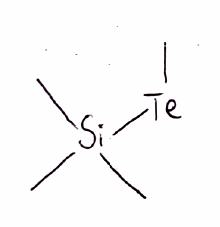
Simplified molecular-input line-entry system (SMILES) notation of the given molecule:
C[Si](C)(C)[Te]C